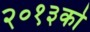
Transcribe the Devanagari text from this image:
२०१३को